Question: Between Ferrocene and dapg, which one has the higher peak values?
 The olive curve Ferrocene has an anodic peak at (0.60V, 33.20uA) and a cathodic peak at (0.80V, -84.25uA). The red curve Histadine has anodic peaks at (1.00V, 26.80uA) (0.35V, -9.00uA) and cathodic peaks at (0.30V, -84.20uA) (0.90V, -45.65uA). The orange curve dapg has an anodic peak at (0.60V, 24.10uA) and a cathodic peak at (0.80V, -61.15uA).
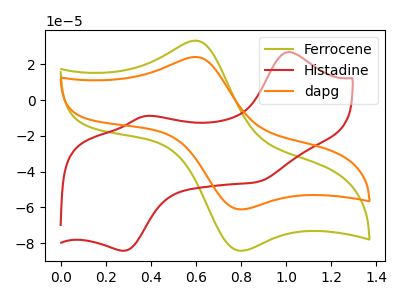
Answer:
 <answer>Every peak in "Ferrocene" is higher than every peak in "dapg".</answer>
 <eval>higher</eval>